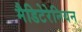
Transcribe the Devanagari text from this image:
मैडिटेरेनियन